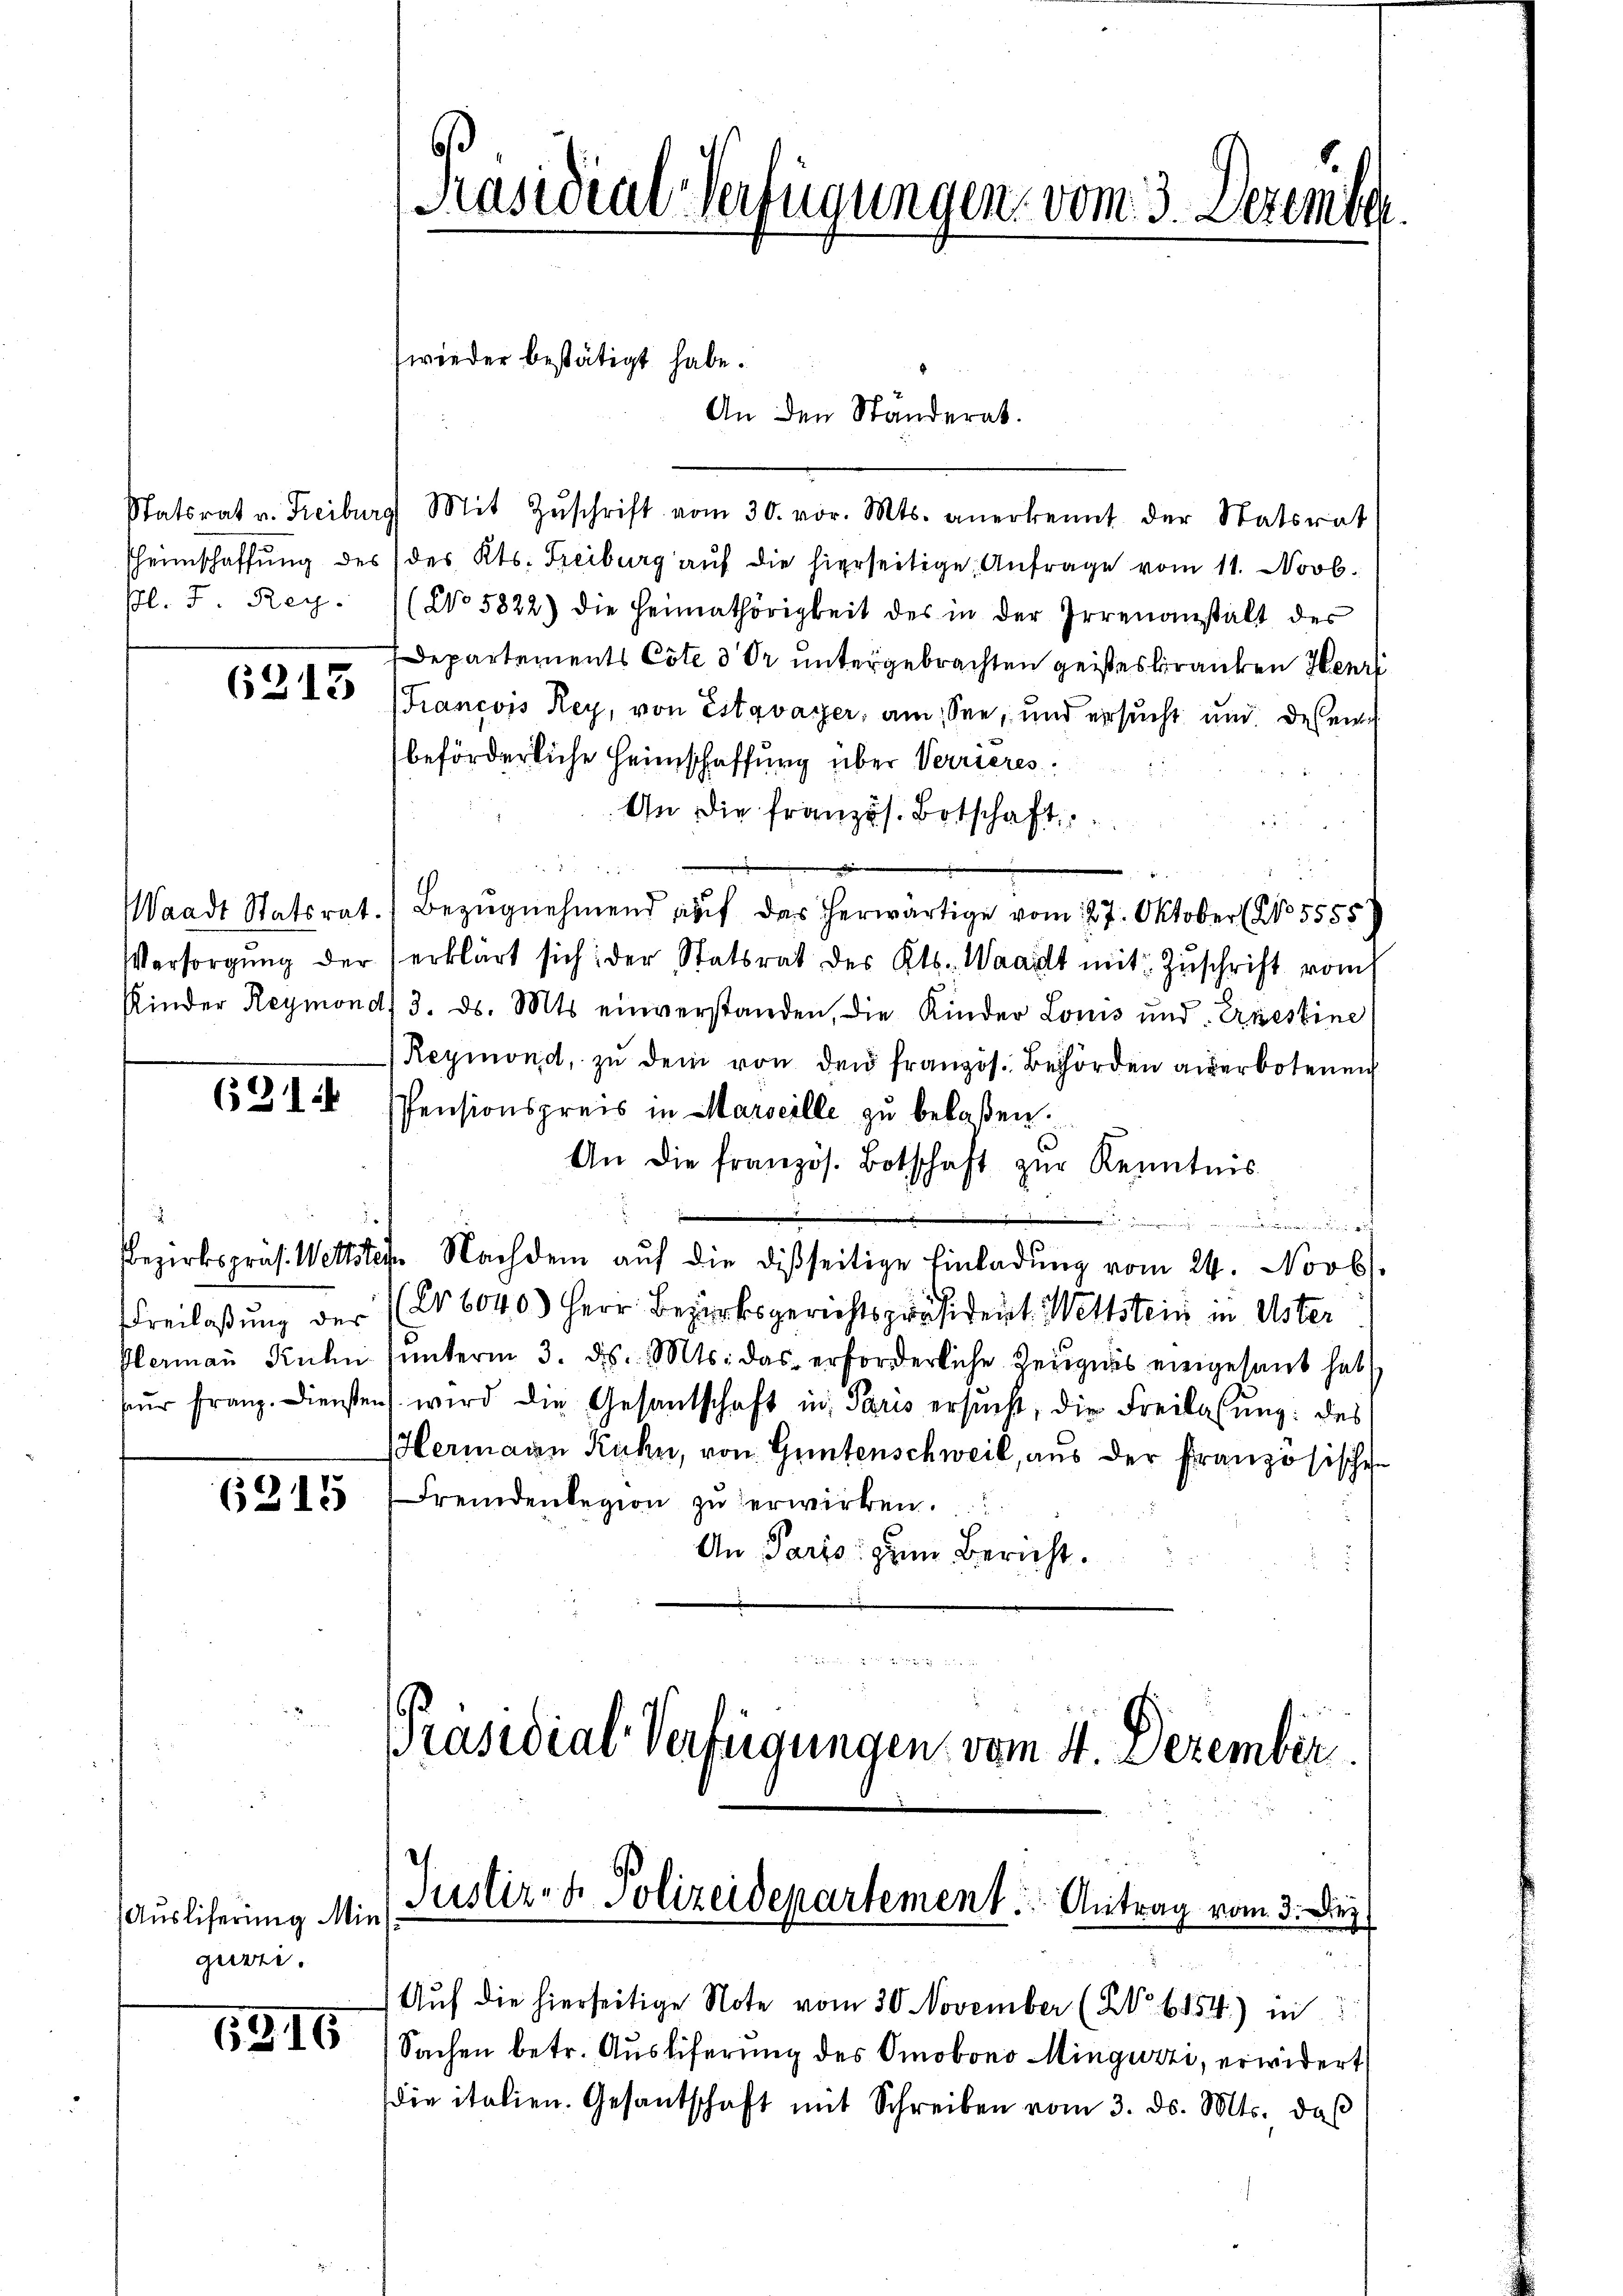
6213

Auslicherung Min
gurri.

6315

Präsidial-Verfügungen vom 3. Dezember

(wieder bestätigt habe.

Statsrat u. Freiburg Mit Zŭschrift vom 30. vor. Mts. anerkennt der Statsrat
sheimschaffŭng des (des Kts. Freiburg aŭf die hierseitige Anfrage vom 11. Novb.
Gl. F. Rey. (No 5822) die Heimathörigkeit des in der Irrenanstalt des
Departements Cöte 3 Pr. untergebrachten geisteskranken Henri
(Francois Rey, von Estavayer, am See, und ersucht und des eine
beförderliche Heimschaffung über Verrieres.
An die französ. Botschaft
e
Waadt Statsrat. Bezŭgnehmend aŭf das herwärtige vom 27. Oktober (No 5555
Versorgŭng der erklärt sich der Statsrat des Kts. Waadt mit Zŭschrift vom
Kinder Reymond, 3. ds. Mts. einverstanden, die Kinder Louis und Ernestine
Reymond, zu dem von den französ. Behörden anerbotenen
653 4 Pensionspreis in Marseille zŭ belaßen.
An die französ. Botschaft zŭr Kenntnis

Bezirkspräs. Wettstete Nachdem aŭf die disseitige Einladŭng vom 24. Novbr.
Freilaßung der (Nr. 6040. Herr Bezirksgerichtspräsident. Wettstein in Oster
Plermaṅ Kuhn unterm 3. d. Mts. das erforderliche Zeugnis eingesant hab
für Franz. Dienstens wird die Gesantschaft in Paris ersuch, die Freilassung: des
Hermann Kuhn, von Guntenschweil, aus der Französische
1315. Fremdenlegion zŭ erwirken.
An Paris zum Bericht.

Präsidial-Verfügungen vom 4. Dezember.

An den Ständerat.

Justiz- & Polizeidepartement. Antrag vom 3. Dez

Auf die hierseitige Note vom 30. November (S. 6154) in
Sachen betr. Auslieferung des Omobono Mingurzi, erwidert
die italien. Gesantschaft mit Schreiben vom 3. d. Mts. daß